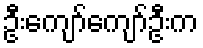
ဦးကျော်ကျော်ဦးက